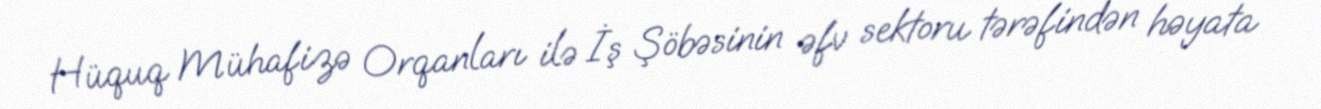
Hüquq Mühafizə Orqanları ilə İş Şöbəsinin əfv sektoru tərəfindən həyata